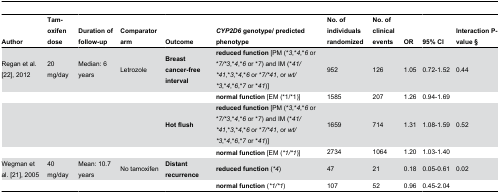
| Author | Tam-oxifen dose | Duration of follow-up | Comparator arm | Outcome | CYP2D6 genotype/ predicted phenotype | No. of individuals randomized | No. of clinical events | OR | 95% CI | Interaction P-value § |
 | --- | --- | --- | --- | --- | --- | --- | --- | --- | --- | --- |
 | Regan et al. [22], 2012 | 20 mg/day | Median: 6 years | Letrozole | Breast cancer-free interval | reduced function [PM (*3,*4,*6 or *7/*3,*4,*6 or *7) and IM (*41/*41,*3,*4,*6 or *7/*41, or wt/*3,*4,*6,*7 or *41)] | 952 | 126 | 1.05 | 0.72-1.52 | 0.44 |
 |  |  |  |  |  | normal function [EM (*1/*1)] | 1585 | 207 | 1.26 | 0.94-1.69 |  |
 |  |  |  |  | Hot flush | reduced function [PM (*3,*4,*6 or *7/*3,*4,*6 or *7) and IM (*41/*41,*3,*4,*6 or *7/*41, or wt/*3,*4,*6,*7 or *41)] | 1659 | 714 | 1.31 | 1.08-1.59 | 0.52 |
 |  |  |  |  |  | normal function [EM (*1/*1)] | 2734 | 1064 | 1.20 | 1.03-1.40 |  |
 | Wegman et al. [21], 2005 | 40 mg/day | Mean: 10.7 years | No tamoxifen | Distant recurrence | reduced function (*4) | 47 | 21 | 0.18 | 0.05-0.61 | 0.02 |
 |  |  |  |  |  | normal function (*1/*1) | 107 | 52 | 0.96 | 0.45-2.04 |  |